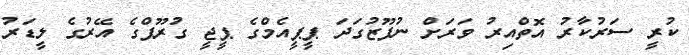
ކުރީ ސަރުކާރު އޮތްއިރު ވަރަށް ނުފޫޒުގަދަ ޕީޕީއެމްގެ ޕީޖީ ގުރޫޕްގެ އޭރުގެ ލީޑަރު